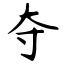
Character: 夺